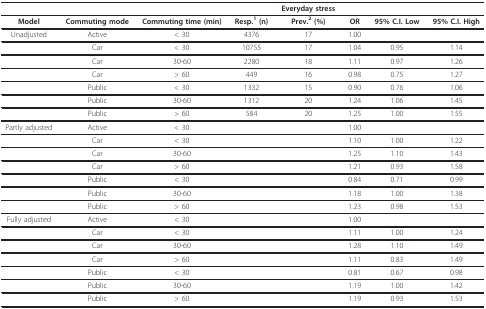
<table><thead><tr><td></td><td></td><td></td><td></td><td><b>Everyday stress</b></td><td></td><td></td><td></td></tr></thead><tbody><tr><td><b>Model</b></td><td><b>Commuting mode</b></td><td><b>Commuting time (min)</b></td><td><b>Resp.<sup>1 </sup>(n)</b></td><td><b>Prev.<sup>2 </sup>(%)</b></td><td><b>OR</b></td><td><b>95% C.I. Low</b></td><td><b>95% C.I. High</b></td></tr><tr><td>Unadjusted</td><td>Active</td><td>&lt; 30</td><td>4376</td><td>17</td><td>1.00</td><td></td><td></td></tr><tr><td></td><td>Car</td><td>&lt; 30</td><td>10755</td><td>17</td><td>1.04</td><td>0.95</td><td>1.14</td></tr><tr><td></td><td>Car</td><td>30-60</td><td>2280</td><td>18</td><td>1.11</td><td>0.97</td><td>1.26</td></tr><tr><td></td><td>Car</td><td>&gt; 60</td><td>449</td><td>16</td><td>0.98</td><td>0.75</td><td>1.27</td></tr><tr><td></td><td>Public</td><td>&lt; 30</td><td>1332</td><td>15</td><td>0.90</td><td>0.76</td><td>1.06</td></tr><tr><td></td><td>Public</td><td>30-60</td><td>1312</td><td>20</td><td>1.24</td><td>1.06</td><td>1.45</td></tr><tr><td></td><td>Public</td><td>&gt; 60</td><td>584</td><td>20</td><td>1.25</td><td>1.00</td><td>1.55</td></tr><tr><td>Partly adjusted</td><td>Active</td><td>&lt; 30</td><td></td><td></td><td>1.00</td><td></td><td></td></tr><tr><td></td><td>Car</td><td>&lt; 30</td><td></td><td></td><td>1.10</td><td>1.00</td><td>1.22</td></tr><tr><td></td><td>Car</td><td>30-60</td><td></td><td></td><td>1.25</td><td>1.10</td><td>1.43</td></tr><tr><td></td><td>Car</td><td>&gt; 60</td><td></td><td></td><td>1.21</td><td>0.93</td><td>1.58</td></tr><tr><td></td><td>Public</td><td>&lt; 30</td><td></td><td></td><td>0.84</td><td>0.71</td><td>0.99</td></tr><tr><td></td><td>Public</td><td>30-60</td><td></td><td></td><td>1.18</td><td>1.00</td><td>1.38</td></tr><tr><td></td><td>Public</td><td>&gt; 60</td><td></td><td></td><td>1.23</td><td>0.98</td><td>1.53</td></tr><tr><td>Fully adjusted</td><td>Active</td><td>&lt; 30</td><td></td><td></td><td>1.00</td><td></td><td></td></tr><tr><td></td><td>Car</td><td>&lt; 30</td><td></td><td></td><td>1.11</td><td>1.00</td><td>1.24</td></tr><tr><td></td><td>Car</td><td>30-60</td><td></td><td></td><td>1.28</td><td>1.10</td><td>1.49</td></tr><tr><td></td><td>Car</td><td>&gt; 60</td><td></td><td></td><td>1.11</td><td>0.83</td><td>1.49</td></tr><tr><td></td><td>Public</td><td>&lt; 30</td><td></td><td></td><td>0.81</td><td>0.67</td><td>0.98</td></tr><tr><td></td><td>Public</td><td>30-60</td><td></td><td></td><td>1.19</td><td>1.00</td><td>1.42</td></tr><tr><td></td><td>Public</td><td>&gt; 60</td><td></td><td></td><td>1.19</td><td>0.93</td><td>1.53</td></tr></tbody></table>